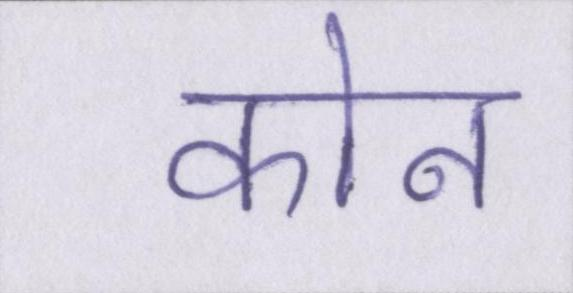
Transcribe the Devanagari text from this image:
कोन